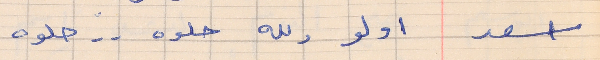
اسعد        اولو ولله حلوه  . .  حلوه